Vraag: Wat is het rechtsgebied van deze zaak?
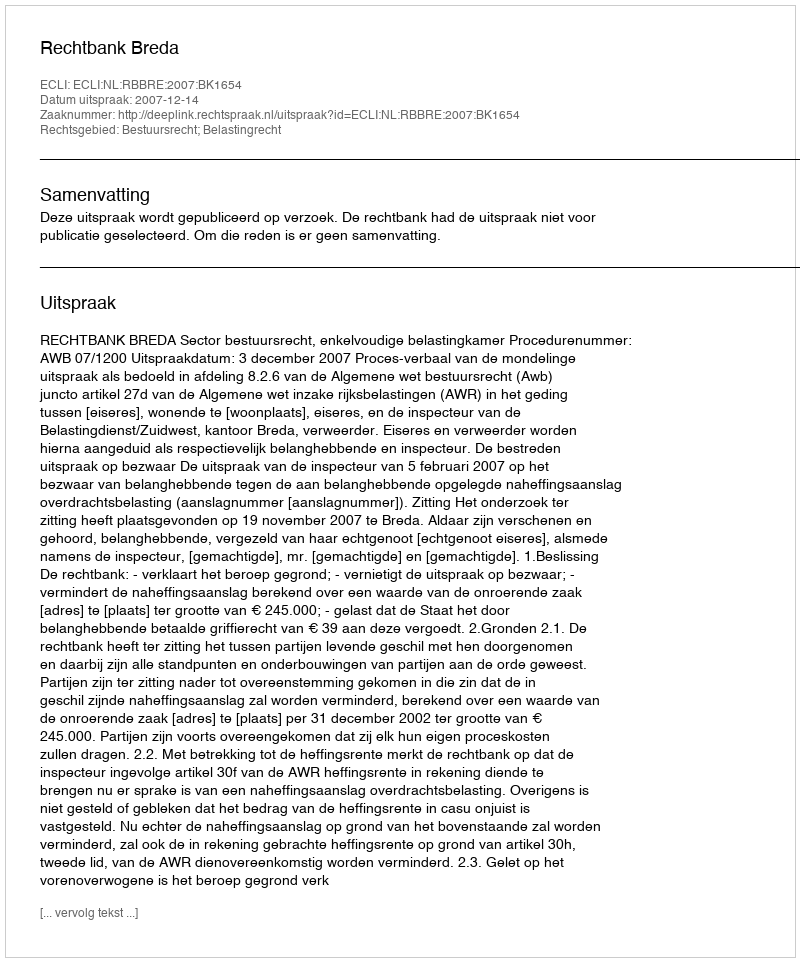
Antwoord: Bestuursrecht; Belastingrecht